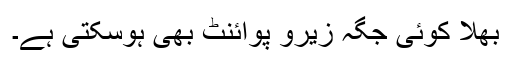
بھلا کوئی جگہ زیرو پوائنٹ بھی ہوسکتی ہے۔